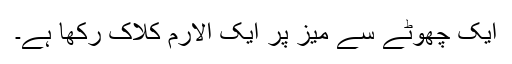
ایک چھوٹے سے میز پر ایک الارم کلاک رکھا ہے۔